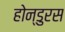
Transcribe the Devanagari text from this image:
होन्डुरस